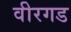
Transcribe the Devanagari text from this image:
वीरगड